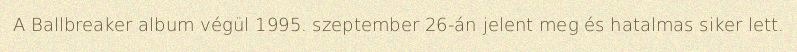
A Ballbreaker album végül 1995. szeptember 26-án jelent meg és hatalmas siker lett.